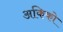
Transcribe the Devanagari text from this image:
अकिको